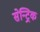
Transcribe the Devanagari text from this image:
सेन्ट्रिक